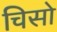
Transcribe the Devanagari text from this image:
चिसो